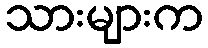
သားများက